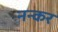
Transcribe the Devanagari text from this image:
नन्कर